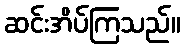
ဆင်းအိပ်ကြသည်။